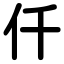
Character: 仟